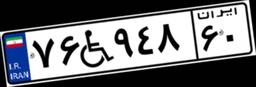
۷۱W۴۸۹۱۵